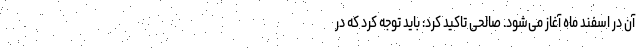
آن در اسفند ماه آغاز می‌شود. صالحی تاکید کرد: باید توجه کرد که در